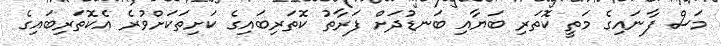
މަސް ފާނައިގެ މަތީ ކޮތަރި ބަޔާއި ބަނޑުދަށް ފަރާތު ކޮތަރިބައިގެ ކަށިތަކަށްވުރެ އެކޮތަރިބައިގެ